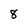
Character: 8